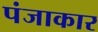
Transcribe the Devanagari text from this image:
पंजाकार